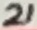
Text: 21